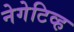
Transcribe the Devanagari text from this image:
नेगेटिव्ह